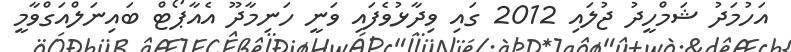
އަހުމަދު ޝަމްހީދު ޖުލައި 2012 ގައި ވިދާޅުވެފައި ވަނީ ހަނިމާދޫ އެއާޕޯޓް ބައިނަލްއަގްވާމީ